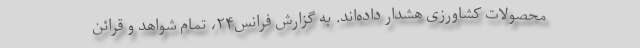
محصولات کشاورزی هشدار داده‌اند. به گزارش فرانس‌۲۴، تمام شواهد و قرائن